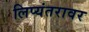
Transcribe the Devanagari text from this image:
लिप्यंतरावर